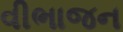
વીભાજન